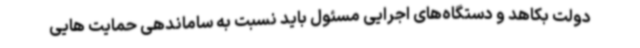
دولت بکاهد و دستگاه‌های اجرایی مسئول باید نسبت به ساماندهی حمایت هایی